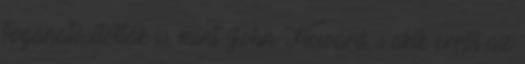
foganatosították is, mint John Howard, s akik erről az